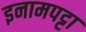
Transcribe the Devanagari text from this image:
इनामपट्टा